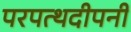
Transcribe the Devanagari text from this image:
परपत्थदीपनी